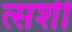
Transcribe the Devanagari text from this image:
त्सशी